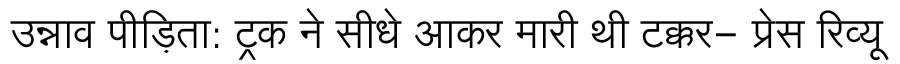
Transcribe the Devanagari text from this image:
उन्नाव पीड़िता: ट्रक ने सीधे आकर मारी थी टक्कर- प्रेस रिव्यू